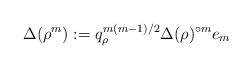
\begin{align*}\Delta(\rho^m) := q_\rho^{m(m-1)/2}\Delta(\rho)^{\circ m}e_m\end{align*}